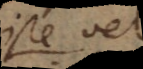
iste vel